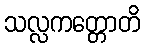
သလ္လကတ္တောတိ